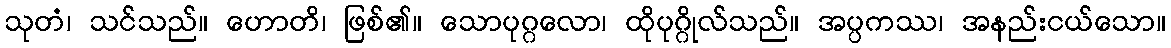
သုတံ၊ သင်သည်။ ဟောတိ၊ ဖြစ်၏။ သောပုဂ္ဂလော၊ ထိုပုဂ္ဂိုလ်သည်။ အပ္ပကဿ၊ အနည်းငယ်သော။